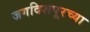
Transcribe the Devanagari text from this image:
जगदिशपूरच्या